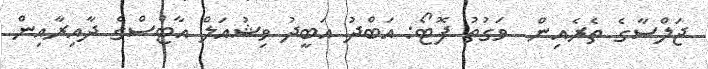
ޖަލްސާގެ ތެރެއިން  ވަގުތު ފޮޓޯ: އަބްދު އަބީދު ވިޝުއަލް އާޓްސްގެ ދާއިރާއިން